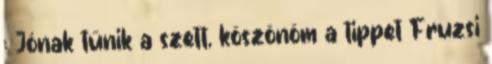
: Jónak tűnik a szett, köszönöm a tippet Fruzsi